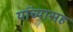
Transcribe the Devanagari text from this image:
यांंच्यासह